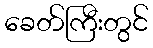
ခေတ်ကြီးတွင်